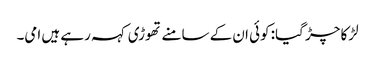
لڑکا چڑ گیا: کوئی ان کے سامنے تھوڑی کہہ رہے ہیں امی۔